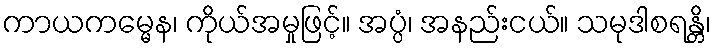
ကာယကမ္မေန၊ ကိုယ်အမှုဖြင့်။ အပ္ပံ၊ အနည်းငယ်။ သမုဒါစရန္တိ၊